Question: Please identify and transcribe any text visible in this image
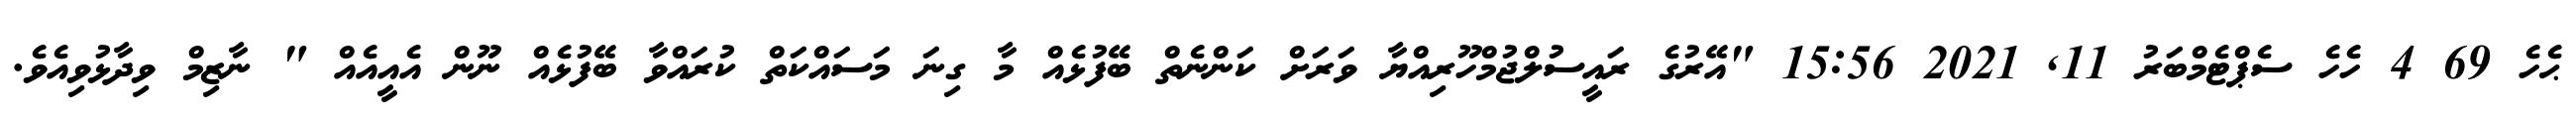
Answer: ޙެހެ 69 4 ހެހެ ސެޕްޓެމްބަރު 11, 2021 15:56 "އޭރުގެ ރައީސުލްޖުމްހޫރިއްޔާ ވަރަށް ކަންނެތް ބޭފުޅެއް މާ ގިނަ މަސައްކަތް ކުރައްވާ ބޭފުޅެއް ނޫން އެއީއެއް " ނާޒިމް ވިދާޅުވިއެވެ.